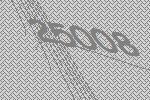
25008